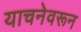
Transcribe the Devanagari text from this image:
याचनेवरून